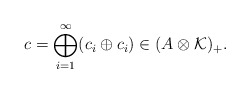
\begin{align*}c=\bigoplus_{i=1}^\infty (c_i\oplus c_i)\in (A\otimes \mathcal K)_+.\end{align*}